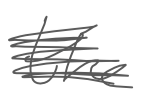
Text: the
Cross-out: mix
Writing tool: digital_gray